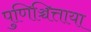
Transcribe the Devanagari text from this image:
पुणिञ्चित्ताया